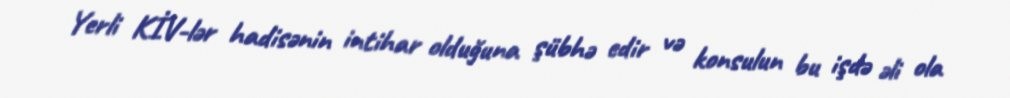
Yerli KİV-lər hadisənin intihar olduğuna şübhə edir və konsulun bu işdə əli ola